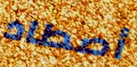
أصطاد